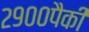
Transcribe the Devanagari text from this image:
२९००पैकी